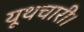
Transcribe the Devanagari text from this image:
यूथचारी।